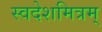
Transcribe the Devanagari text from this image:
स्वदेशमित्रम्